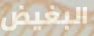
البغيض